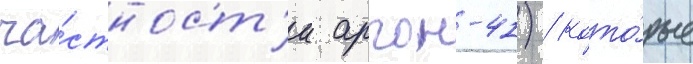
ча́стност'и аргон-41) / кото́рые